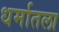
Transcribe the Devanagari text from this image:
धर्मातला